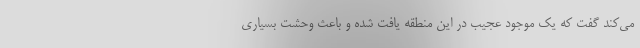
می‌کند گفت که یک موجود عجیب در این منطقه یافت شده و باعث وحشت بسیاری